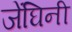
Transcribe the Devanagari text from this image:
जेंघिनी